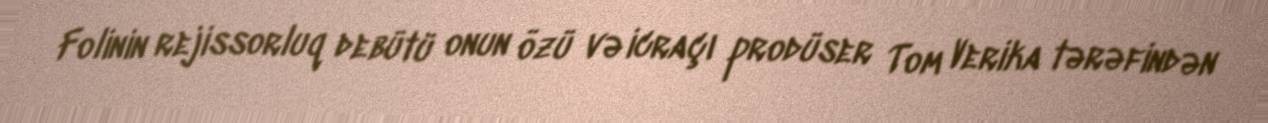
Folinin rejissorluq debütü onun özü və icraçı prodüser Tom Verika tərəfindən